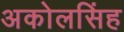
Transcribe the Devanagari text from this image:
अकोलसिंह